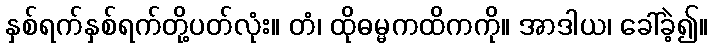
နှစ်ရက်နှစ်ရက်တို့ပတ်လုံး။ တံ၊ ထိုဓမ္မကထိကကို။ အာဒါယ၊ ခေါ်ခဲ့၍။